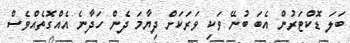
ބަލަ ޑޮކްޓަރުން އެބަ ބުނޭ ވަކި ވަރަކަށް ދިޔާމަ ދެން ހަދާނެ އެއްގޮތެއްވެސް